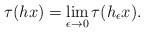
LaTeX: \begin{align*}\tau(hx) = \lim_{\epsilon\to 0} \tau(h_\epsilon x).\end{align*}